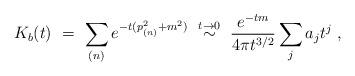
LaTeX: \begin{align*}K_b(t)\ =\ \sum_{(n)}e^{-t(p_{(n)}^2+m^2)}\ \stackrel{t\rightarrow 0}{\sim}\ \frac{e^{-tm}}{4\pi t^{3/2}}\sum_j a_jt^j\ ,\end{align*}